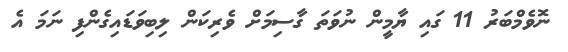
ނޮވެމްބަރު 11 ގައި ޔާމީން ނުވަތަ ގާސިމަށް ވެރިކަން ލިބިވަޑައިގެންފި ނަމަ އެ